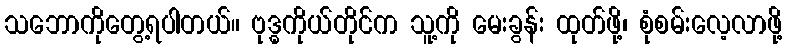
သဘောကိုတွေ့ရပါတယ်။ ဗုဒ္ဓကိုယ်တိုင်က သူ့ကို မေးခွန်း ထုတ်ဖို့၊ စုံစမ်းလေ့လာဖို့